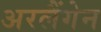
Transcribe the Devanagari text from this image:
अरलैंगेन